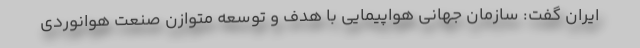
ایران گفت: سازمان جهانی هواپیمایی با هدف و توسعه متوازن صنعت هوانوردی